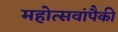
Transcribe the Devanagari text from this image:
महोत्सवांपैकी